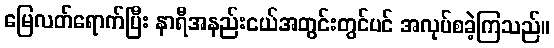
မြေလတ်ရောက်ပြီး နာရီအနည်းငယ်အတွင်းတွင်ပင် အလုပ်စခဲ့ကြသည်။